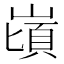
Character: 𪩌